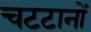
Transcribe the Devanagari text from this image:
चटटानों